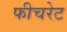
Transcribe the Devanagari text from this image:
फीचरेट